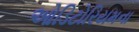
ઓડિટોરિયમના